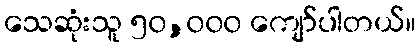
သေဆုံးသူ ၅၀,၀၀၀ ကျော်ပါတယ်။